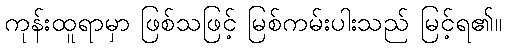
ကုန်းထူရာမှာ ဖြစ်သဖြင့် မြစ်ကမ်းပါးသည် မြင့်ရ၏။